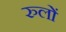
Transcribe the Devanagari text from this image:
रुलों